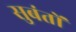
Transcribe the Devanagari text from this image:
सुबंतों